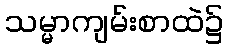
သမ္မာကျမ်းစာထဲ၌